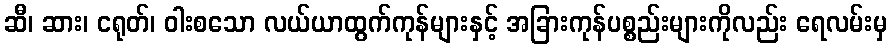
ဆီ၊ ဆား၊ ငရုတ်၊ ဝါးစသော လယ်ယာထွက်ကုန်များနှင့် အခြားကုန်ပစ္စည်းများကိုလည်း ရေလမ်းမှ